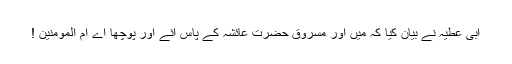
ابی عطیہ نے بیان کیا کہ مَیں اور مسروق حضرت عائشہؓ کے پاس آئے اور پوچھا اے ام المومنین !